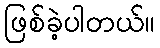
ဖြစ်ခဲ့ပါတယ်။